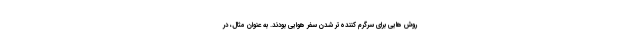
روش هایی برای سرگرم کننده‌تر شدن سفر هوایی بودند. به عنوان مثال، در